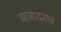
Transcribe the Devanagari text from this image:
आजादनगर